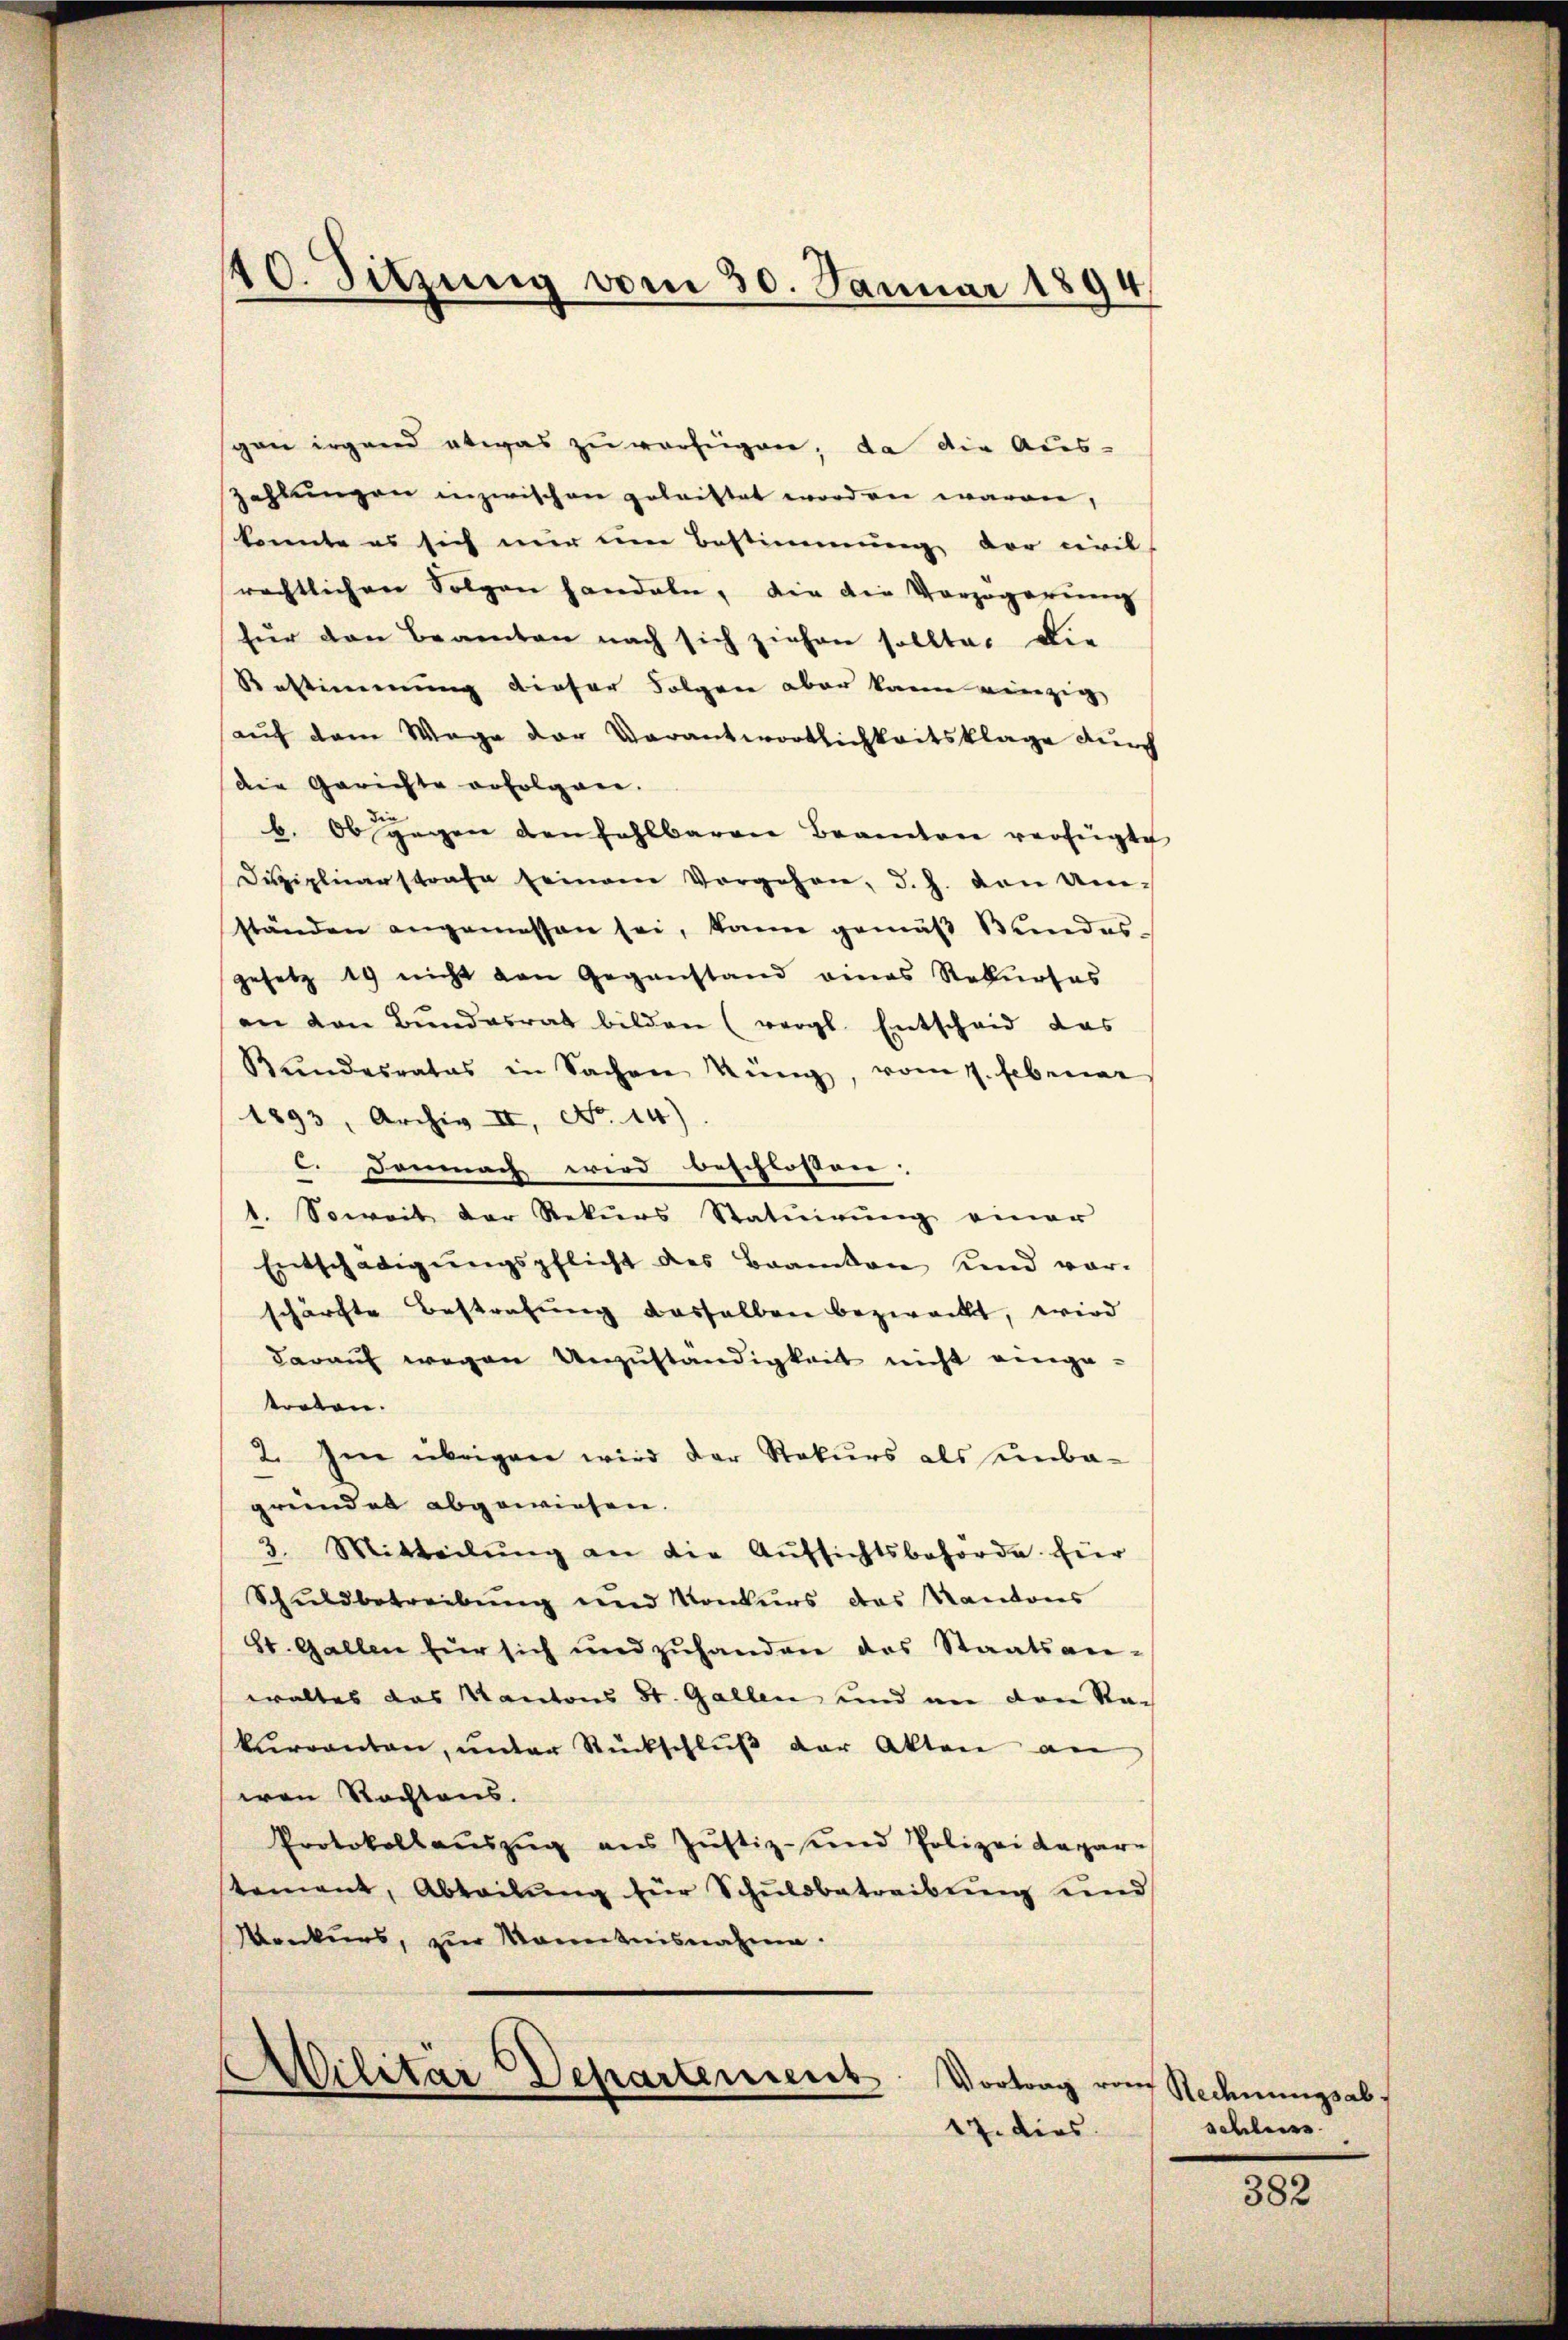
10. Sitzung vom 30. Januar 1894

gan irgend etwas zu verfügen; da die Aus-
zahlungen inzwischen getriftet worden waren,
konnte es sich nur um Bestimmung der civil
rechtlichen Folgen handeln, die die Verzögerung
für den Beamten nach sich ziehen sollte, die
Restimmung dieser Folgen aber kann weinzig
(auf dem Wege der Verantwortlichkeitsklage durch
die Gerichte erfolgen.
b. Obsgegen denfahlbaren Beamten verfügte
Dŭziplicarstrafe seinem Vorgehen, d. h. den Umständen angemessen sei, kann gemäß Bundes-
gesetz 19 nicht von Gegenstand eines Rekurses
an den Bŭndesrat bilden (vergl. Entscheid das
Bŭndesrates in Sachen Küng, vom 7. Februar
1893, Archiv II, No 14)
C. Demnach wird beschlossen:
1. Soweit der Rekurs Statuirung einer
Entschädigŭngspflicht des Brancken und vor-
schärfte Bestrafung dasselben bezweckt, wird
darauf wegen Unzuständigkeit nicht einge-
treten.
2. Im übrigen wird der Rekurs als unba-
gründet abgewiesen.
3. Mitteilŭng an die Aŭfsichtsbehörde für
Schuldbetreibŭng und Konkurs das Kantons
St. Gallen für sich und zŭhanden das Staatsan-
waltes das Kantons St. Gallen und an den Ra-
kŭrranton, ŭnter Rückschlŭβ der Akten an
von Rechtens.
Protokollaŭszŭg ans Jŭstiz- und Polizei Ragare
stament, Abteilŭng für Schŭldbetreibŭng und
Konkurs, zur Kenntnisnahme.

Militar Departement. Vortrag von
17. dies

e Rechnungsab.
schluss.

382